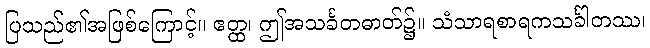
ပြသည်၏အဖြစ်ကြောင့်။ ဧတ္ထ၊ ဤအသင်္ခတဓာတ်၌။ သံသာရစာရကသင်္ခါတဿ၊